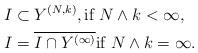
LaTeX: \begin{align*}& I\subset Y^{(N,k)}, \textrm{if } N\wedge k <\infty,\\& I = \overline{I\cap Y^{(\infty)}}\textrm{if } N\wedge k =\infty.\end{align*}